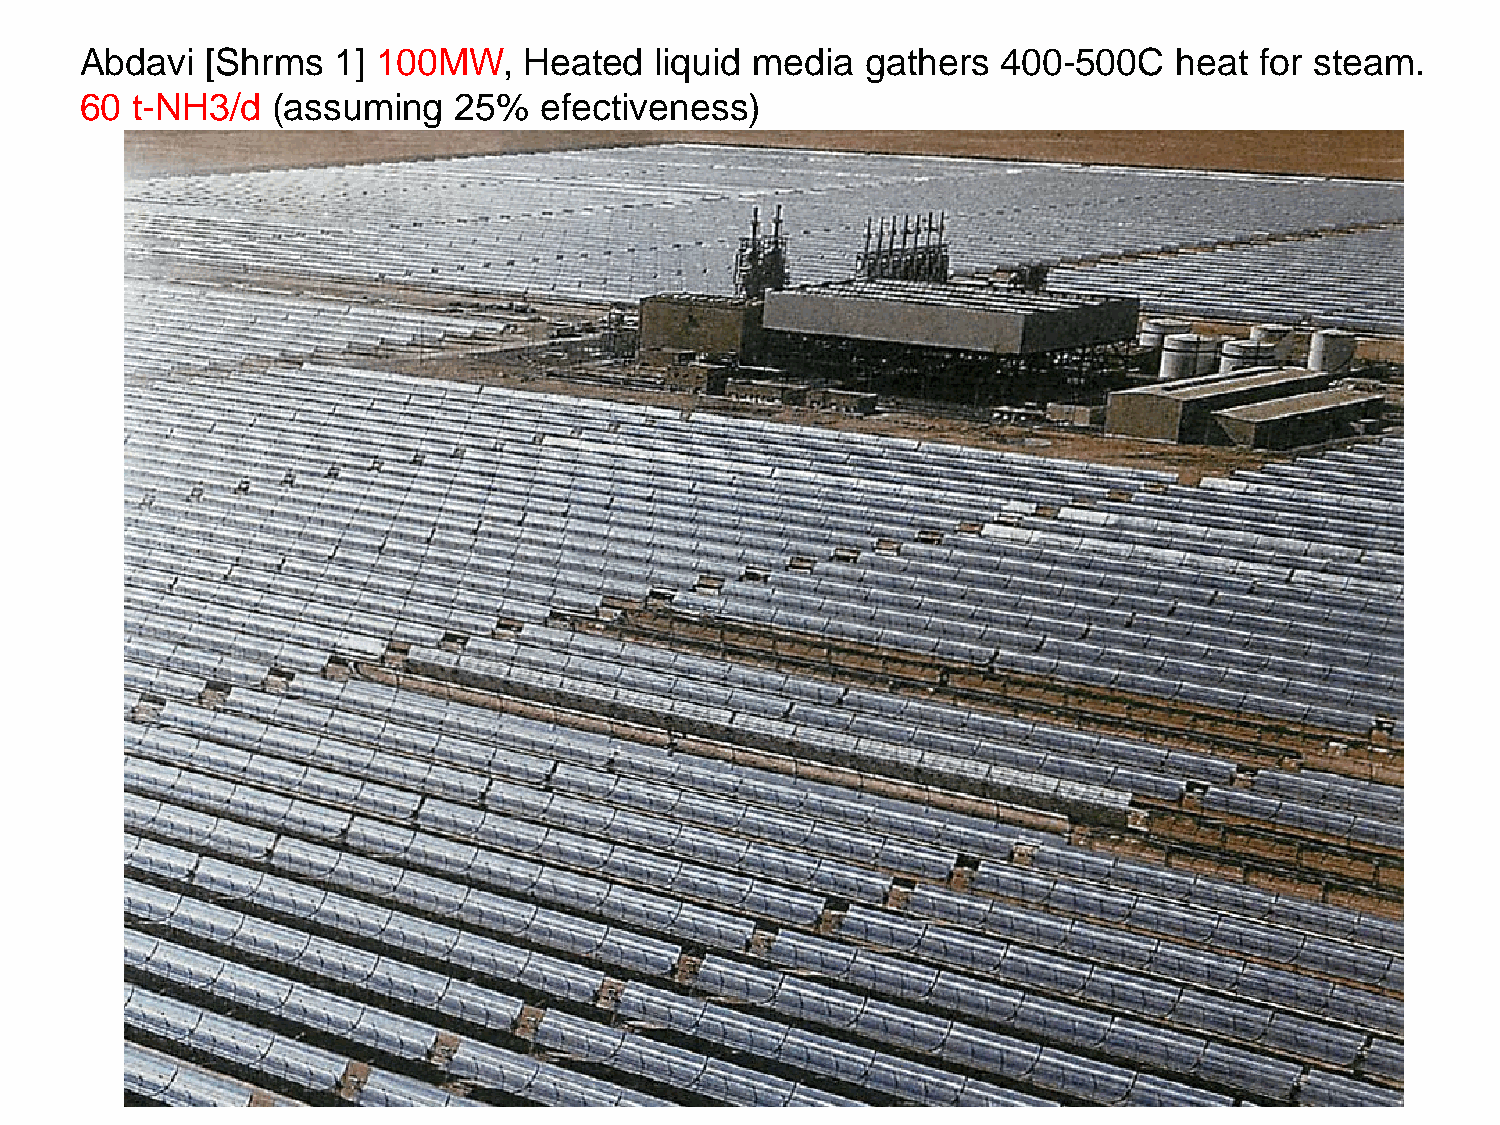
Abdavi   [Shrms  1] 100MW,    Heated  liquid media  gathers  400-500C    heat for steam.
 60  t-NH3/d  (assuming   25%   efectiveness)